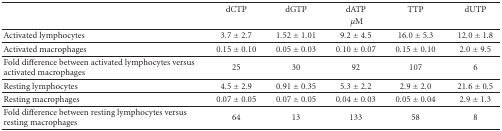
<table><thead><tr><td></td><td><b>dCTP</b></td><td><b>dGTP</b></td><td><b>dATP</b></td><td><b>TTP</b></td><td><b>dUTP</b></td></tr><tr><td></td><td colspan="5"><b><i>μ</i>M</b></td></tr></thead><tbody><tr><td>Activated lymphocytes</td><td>3.7 ± 2.7</td><td>1.52 ± 1.01</td><td>9.2 ± 4.5</td><td>16.0 ± 5.3</td><td>12.0 ± 1.8</td></tr><tr><td>Activated macrophages</td><td>0.15 ± 0.10</td><td>0.05 ± 0.03</td><td>0.10 ± 0.07</td><td>0.15 ± 0.10</td><td>2.0 ± 9.5</td></tr><tr><td>Fold difference between activated lymphocytes versus activated macrophages</td><td>25</td><td>30</td><td>92</td><td>107</td><td>6</td></tr><tr><td>Resting lymphocytes</td><td>4.5 ± 2.9</td><td>0.91 ± 0.35</td><td>5.3 ± 2.2</td><td>2.9 ± 2.0</td><td>21.6 ± 0.5</td></tr><tr><td>Resting macrophages</td><td>0.07 ± 0.05</td><td>0.07 ± 0.05</td><td>0.04 ± 0.03</td><td>0.05 ± 0.04</td><td>2.9 ± 1.3</td></tr><tr><td>Fold difference between resting lymphocytes versus resting macrophages</td><td>64</td><td>13</td><td>133</td><td>58</td><td>8</td></tr></tbody></table>